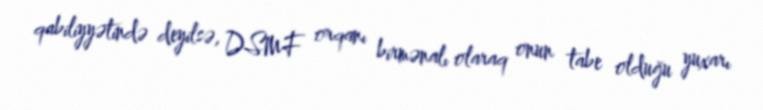
qabiliyyətində deyilsə, DSMF orqanı birmənalı olaraq onun tabe olduğu yuxarı